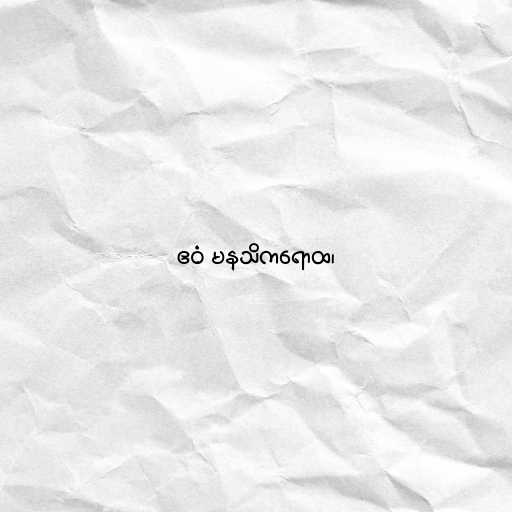
ဧဝံ မနသိကရောထ၊